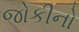
જોકીનો